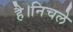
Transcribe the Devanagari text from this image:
है।निचले